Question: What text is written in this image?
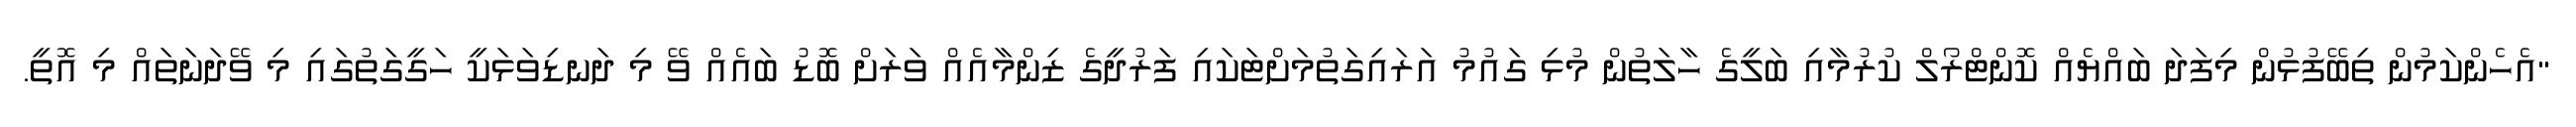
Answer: "އެހެންކަމުން ތިބޭފުޅުން މިފަދަ ބައްޔެއް ކޮންޓްރޯލް ކުރުމާއި ބަލީގެ ހާލަތުން މުޅި ގައުމު އަރައިގަތުމަށްޓަކައި ފަރުދީގެ ޒިންމާއެއް ވަރަށް ބޮޑު ބައެއް ވޭ މި ދަނޑިވަޅަކީ ހަގީގަތުގައި މި ވޭދަނަތައް މި އޮތީ.